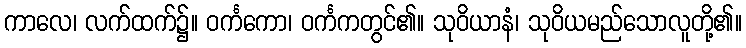
ကာလေ၊ လက်ထက်၌။ ဝင်္ကကော၊ ဝင်္ကကတွင်၏။ သုဝိယာနံ၊ သုဝိယမည်သောလူတို့၏။